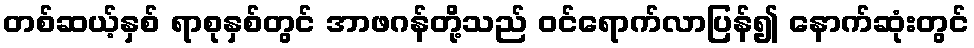
တစ်ဆယ့်နှစ် ရာစုနှစ်တွင် အာဖဂန်တို့သည် ဝင်ရောက်လာပြန်၍ နောက်ဆုံးတွင်